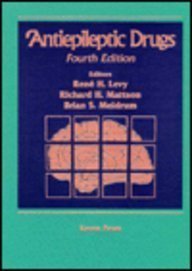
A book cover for Antiepileptic Drugs; Rene H. Levy; Medical Books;